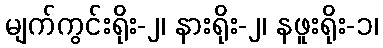
မျက်ကွင်းရိုး-၂၊ နားရိုး-၂၊ နဖူးရိုး-၁၊